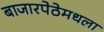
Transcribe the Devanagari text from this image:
बाजारपेठेमधला